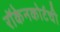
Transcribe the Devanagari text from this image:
रॉकेनकोर्टची